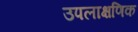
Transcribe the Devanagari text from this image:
उपलाक्षणिक